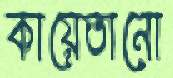
কায়েতানো